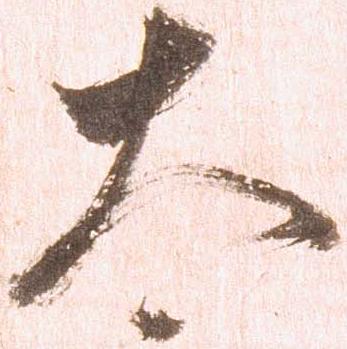
太